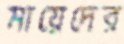
মায়েদের